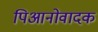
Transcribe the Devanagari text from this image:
पिआनोवादक